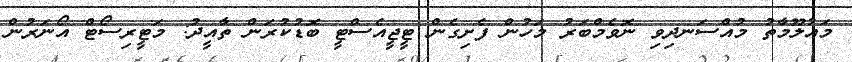
މައުލޫމާތު މުއްސަނދިވި ނޮވެމްބަރު މަހުން ފެށިގެން ޓީޖީއެސްޓީ ބޮޑުކުރަން ތާއީދު: މަޓީރިސޯޓް އޯނަރުން